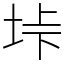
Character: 垰